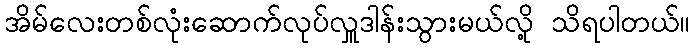
အိမ်လေးတစ်လုံးဆောက်လုပ်လှူဒါန်းသွားမယ်လို့ သိရပါတယ်။